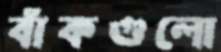
বাঁকগুলো